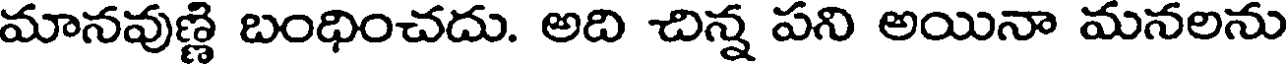
మానవుణ్ణి బంధించదు. అది చిన్న పని అయినా మనలను